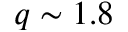
q \sim 1 . 8